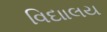
વિદાાલય